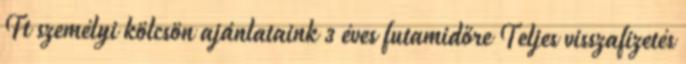
Ft személyi kölcsön ajánlataink 3 éves futamidőre Teljes visszafizetés